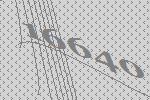
16640